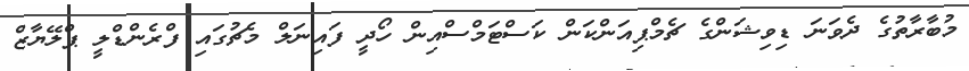
މުބާރާތުގެ ދެވަނަ ޑިވިޝަންގެ ޗެމްޕިއަންކަން ކަސްޓަމްސްއިން ހޯދީ ފައިނަލް މެޗުގައި ފްރެންޑްލީ ޕްލޭޔާޒް